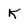
Character: K